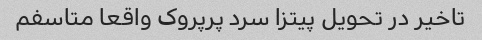
تاخیر در تحویل پیتزا سرد پرپروک واقعا متاسفم